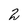
Character: 2